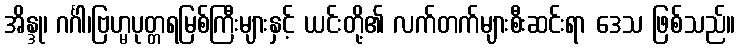
အိန္ဒု၊ ဂင်္ဂါ၊ဗြဟ္မပုတ္တရမြစ်ကြီးများနှင့် ယင်းတို့၏ လက်တက်များစီးဆင်းရာ ဒေသ ဖြစ်သည်။